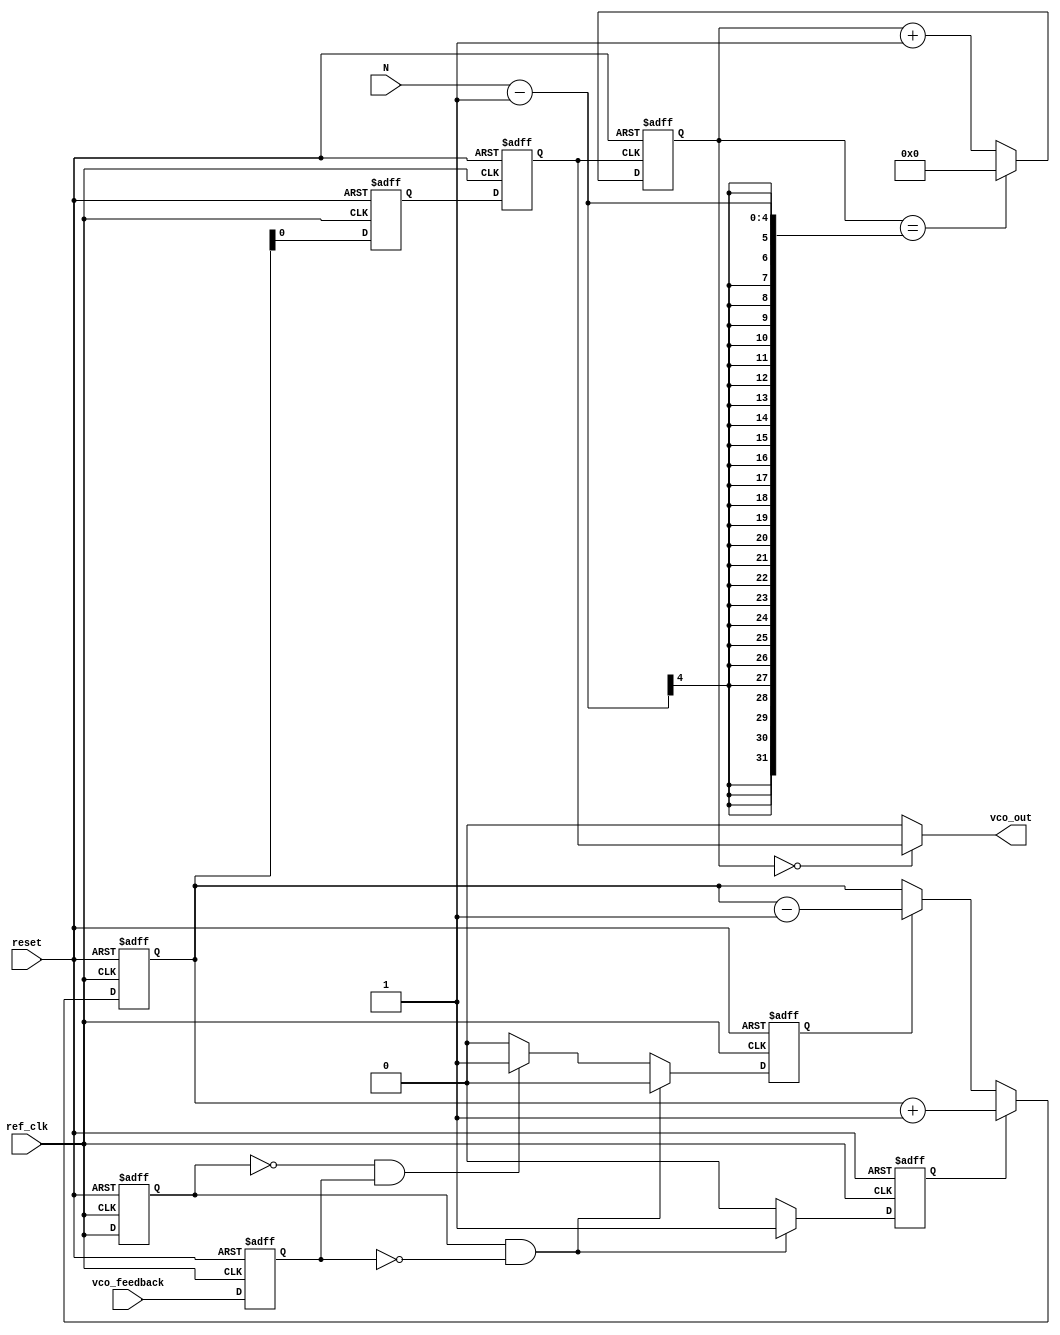
module integer_n_pll (
    input wire ref_clk,          // Reference clock input
    input wire vco_feedback,     // VCO feedback signal
    input wire reset,            // Reset signal
    input wire [3:0] N,          // Division ratio (integer)
    output wire vco_out          // Output of the VCO
);

// PFD signals
reg up, down;
reg ref_clk_d, vco_feedback_d;

// Charge Pump signals
reg [7:0] charge_pump_output; // Control voltage from charge pump

// Loop Filter output
reg [7:0] loop_filter_output;

// VCO output
reg [7:0] vco_output;

// Divider counter
reg [3:0] divider_count;

// Phase Frequency Detector (PFD)
always @(posedge ref_clk or posedge reset) begin
    if (reset) begin
        up <= 0;
        down <= 0;
        ref_clk_d <= 0;
        vco_feedback_d <= 0;
    end else begin
        ref_clk_d <= ref_clk;
        vco_feedback_d <= vco_feedback;

        if (ref_clk_d && !vco_feedback_d) begin
            up <= 1; // Reference clock is ahead
            down <= 0;
        end else if (!ref_clk_d && vco_feedback_d) begin
            up <= 0;
            down <= 1; // VCO feedback is ahead
        end else begin
            up <= 0;
            down <= 0; // No phase difference
        end
    end
end

// Charge Pump
always @(posedge ref_clk or posedge reset) begin
    if (reset) begin
        charge_pump_output <= 8'b0;
    end else begin
        if (up) begin
            charge_pump_output <= charge_pump_output + 1; // Increase voltage
        end else if (down) begin
            charge_pump_output <= charge_pump_output - 1; // Decrease voltage
        end
    end
end

// Loop Filter (simple first-order filter)
always @(posedge ref_clk or posedge reset) begin
    if (reset) begin
        loop_filter_output <= 8'b0;
    end else begin
        loop_filter_output <= charge_pump_output; // Directly use charge pump output for simplicity
    end
end

// Voltage-Controlled Oscillator (VCO)
always @(posedge ref_clk or posedge reset) begin
    if (reset) begin
        vco_output <= 8'b0;
    end else begin
        vco_output <= loop_filter_output; // Output frequency is based on control voltage
    end
end

// Divider
always @(posedge vco_output[0] or posedge reset) begin // Simple toggle on LSB of VCO output
    if (reset) begin
        divider_count <= 0;
    end else begin
        if (divider_count == N - 1) begin
            divider_count <= 0;
        end else begin
            divider_count <= divider_count + 1;
        end
    end
end

// Feedback to PFD
assign vco_out = (divider_count == 0) ? vco_output[0] : 1'b0; // Feedback signal for PFD

endmodule